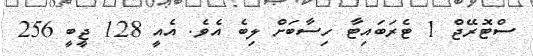
ސްޓޮރޭޖް 1 ޓެރަބައިޓާ ހިސާބަށް ލިބެ އެވެ. އެއީ 128 ޖީބީ 256